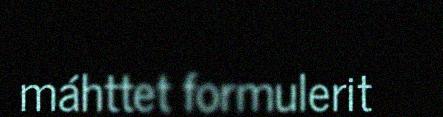
máhttet formulerit